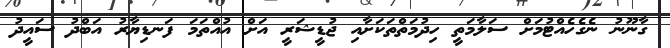
ގާނޫނު ނެގެހެއްޓުމަށް ސަލާމަތީ ހިދުމަތްތަކަށާއި ޖުޑީޝަރީ އަށް އުއްތަމަ ފަނޑިޔާރު އަބްދު ސައީދު